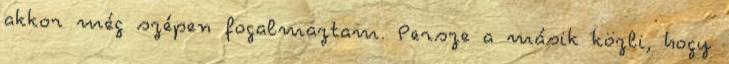
akkor még szépen fogalmaztam. Persze a másik közli, hogy